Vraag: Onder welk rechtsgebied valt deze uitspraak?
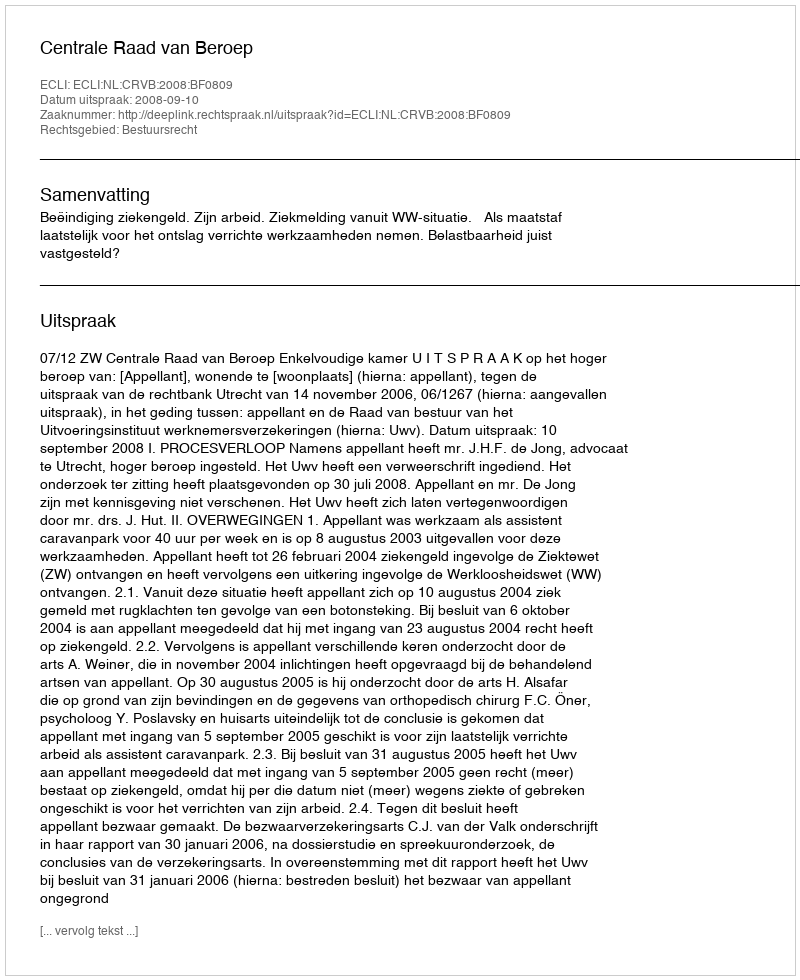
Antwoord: Bestuursrecht